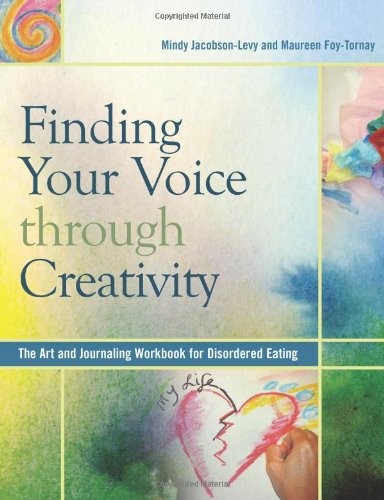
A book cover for Finding Your Voice Through Creativity: The Art and Journaling Workbook for Disordered Eating; Mindy Jacobson-Levy; Self-Help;